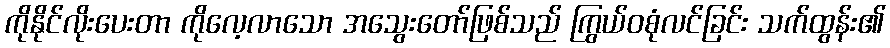
ကိုနိုင်လိုးပေးတာ ကိုလေ့လာသော အသွေးတော်ဖြစ်သည် ကြွယ်ဝစုံလင်ခြင်း သက်ထွန်း၏